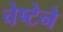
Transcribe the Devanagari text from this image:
चेष्टेने